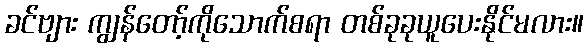
ခင်ဗျား ကျွန်တော့်ကိုသောက်စရာ တစ်ခုခုယူပေးနိုင်မလား။